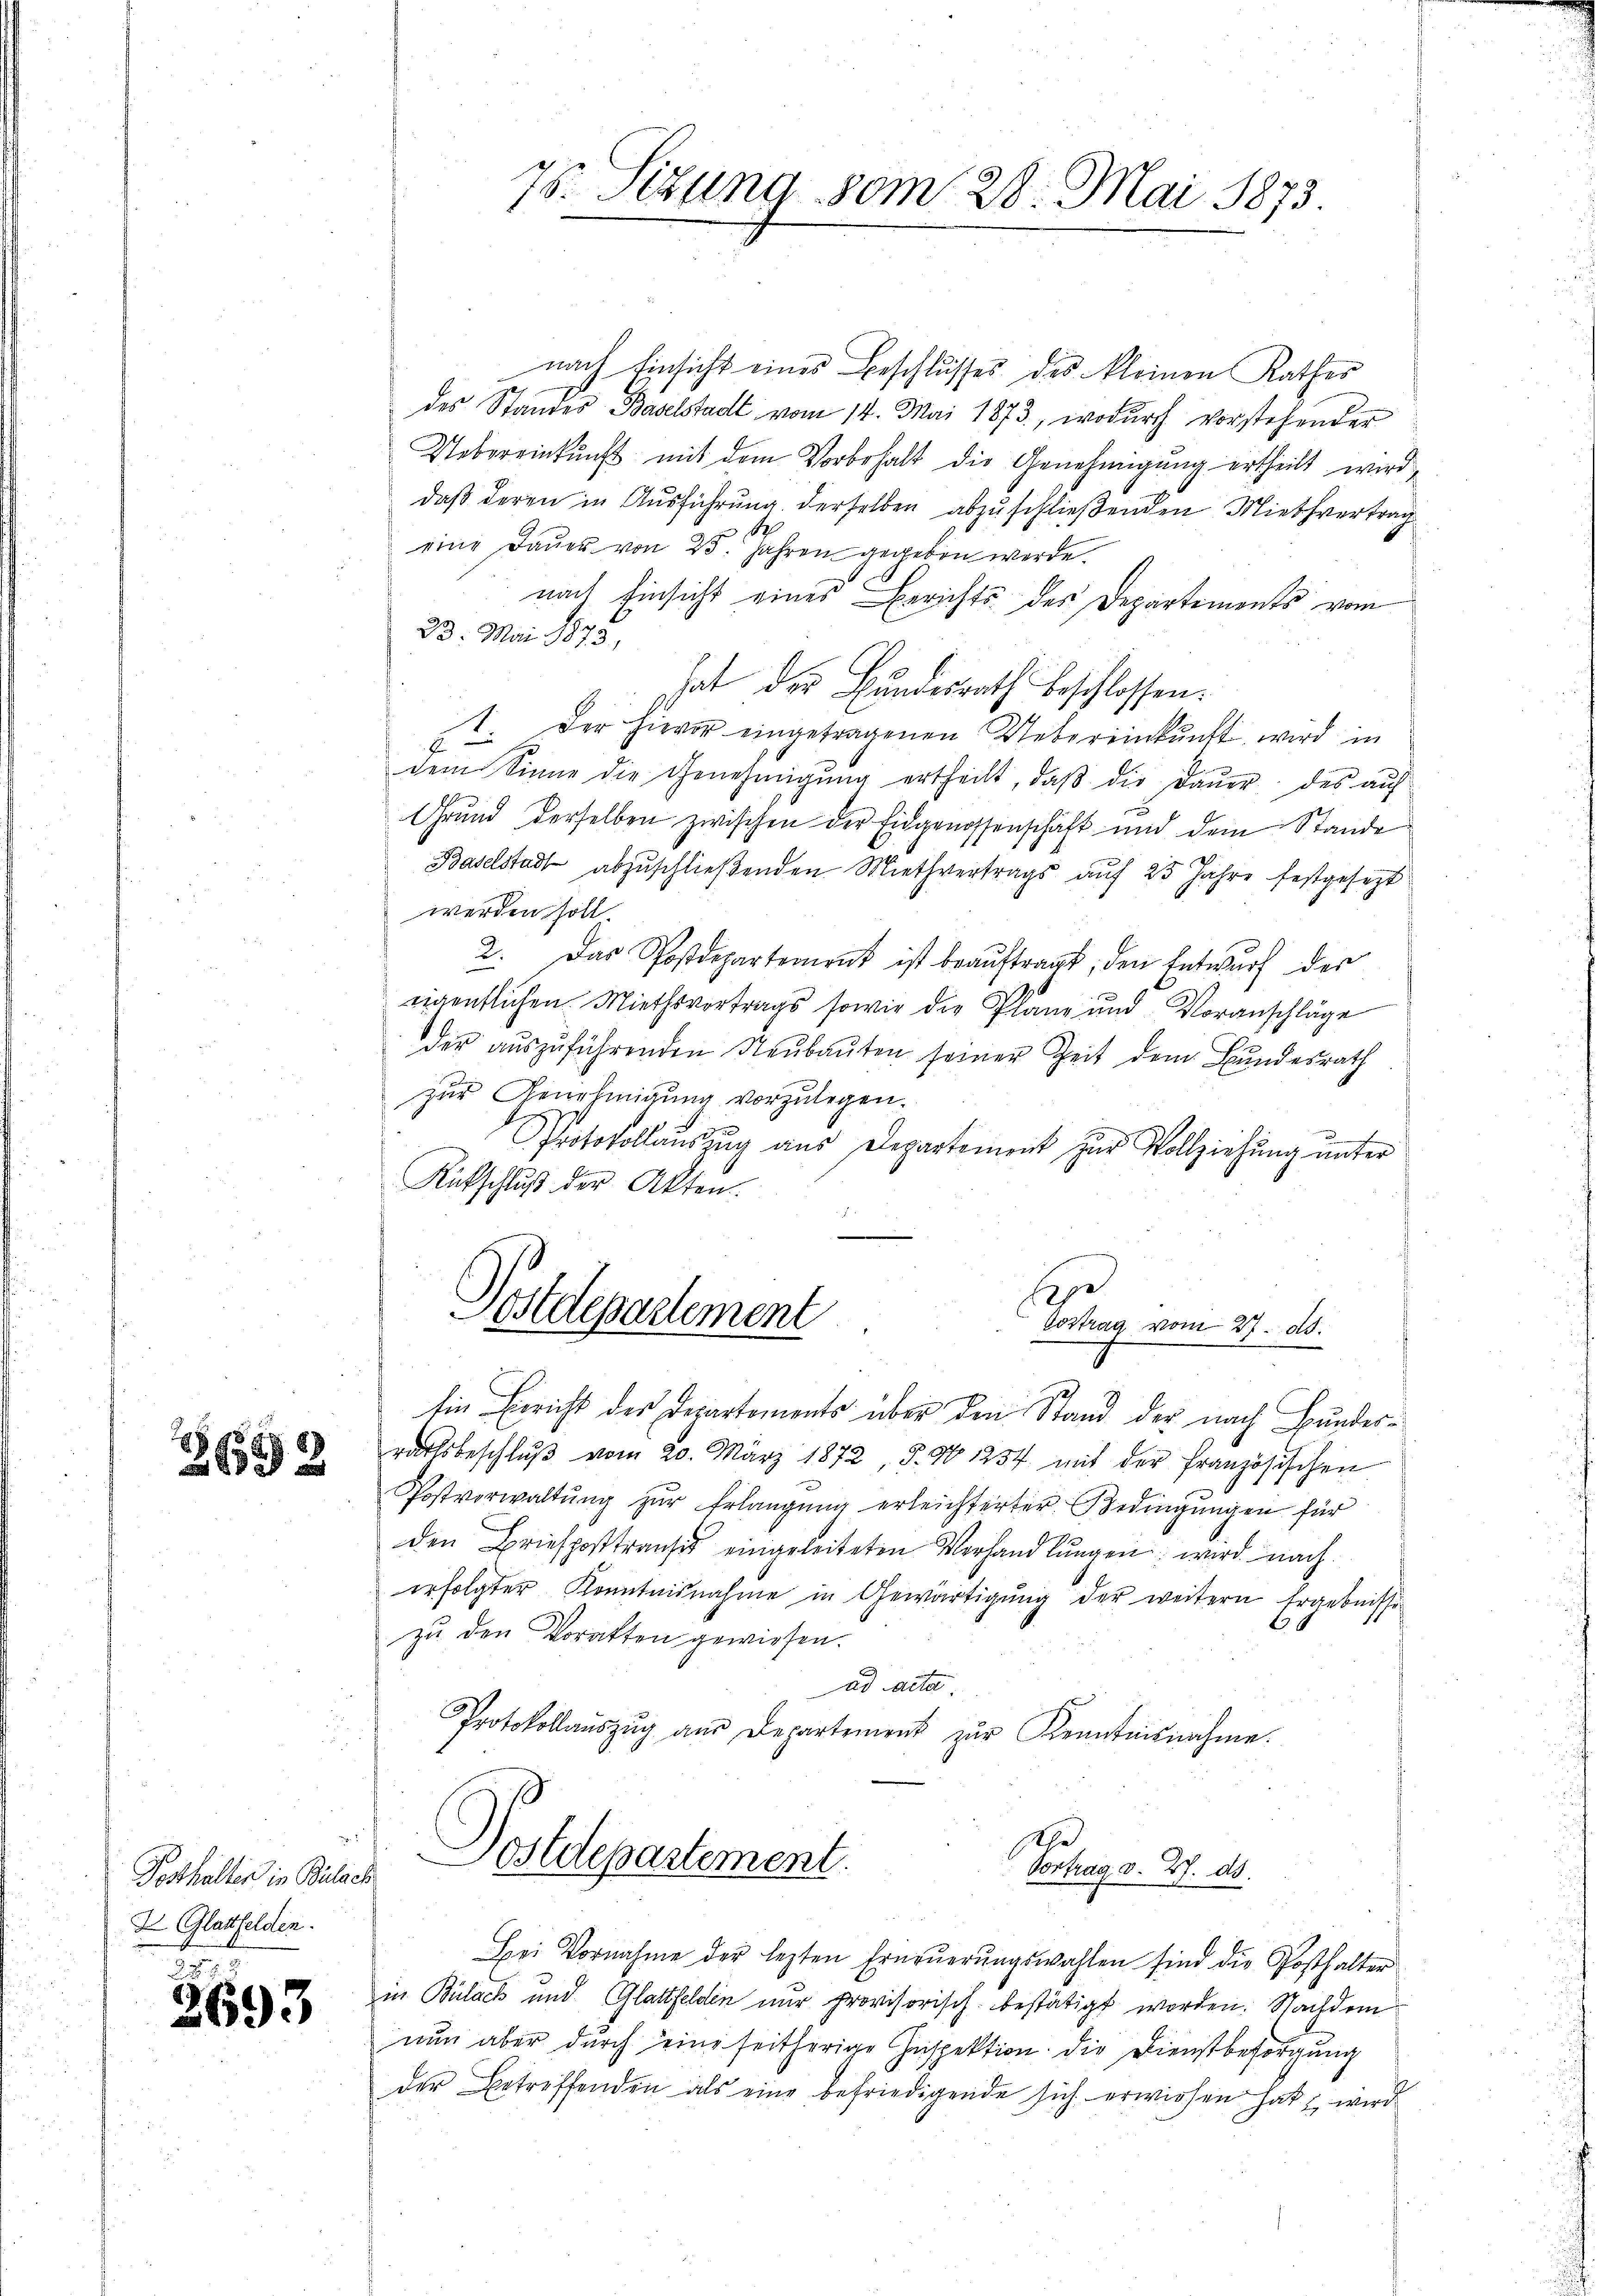
6552

Posthalter in Bülach
I Glattfelden.

t
2693

78. Sizung vom 28. Mai 1873.

nach Einsicht eines Beschlusses des kleinen Rathes
 des Standes Baselstadt vom 14. Mai 1873, wodurch vorstehender
Uebereinkunft mit dem Vorbehalt die Genehmigung ertheilt wird,
daß deren in Ausführung derselben abzuschließenden Miethvertrag
eine Dauer von 25. Jahren gegeben werde.
nach Einsicht eines Berichts des Departements vom
23. Mai 1873
hat der Bundesrath beschlossen.
.
Der hievor eingetragenen Uebereinkunft wird in
E
dem Sinne die Genehmigŭng ertheilt, daβ die Daŭer des aŭf
Grund derselben zwischen der Eidgenossenschaft und dem Stande
Baselstadt abzuschließenden Miethvertrags auf 25 Jahre festgesezt
werden soll
2. Das Postdepartement ist beaŭftragt, den Entwŭrf der
nigentlichen Miethsvertrags sowie die Planz und Voranschläge
der auszuführenden Neubauten seiner Zeit dem Bundesrath
zur Genehmigung vorzulegen.
Protokollauszug aus Departement zur Vollziehung unter
Ritschluß der Akten.
.
lepe
Postdepartement
Vortrag vom 21t d.
Ein Bericht des Departements über den Stand der nach Bundesrathsbeschlŭβ vom 20. März 1872, S. 90 1254 mit der französischen
Postverwaltŭng zŭr Erlangŭng erleichterter Bedingungen für
den Briefposttransit eingeleiteten Verhandlungen wird nach
erfolgter Kenntnisnahme in Gewärtigŭng der weitern Ergebnisse
zu den Vorakten gewiesen.
ad Mitar
Protokollaŭszŭg aŭs Departement zŭr Kenntnisnahme.
Postdepartement.
Vortrag v. 2. ds.
Hei Vornahme der lezten Erneŭerŭngswahlen sind die Posthalter
zi Bülach und Glattfelden nur provisorisch bestätigt worden. Nachdem
nun aber durch eine seitherige Inspektion die Dienstbesorgung
der Betreffenden als eine befriedigende sich erwiesen hat, wird